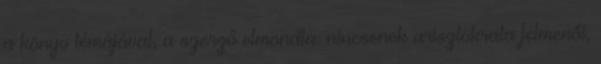
a könyv témájával, a szerző elmondta: nincsenek arisztokrata felmenői,